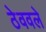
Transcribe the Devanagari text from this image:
ठेववले